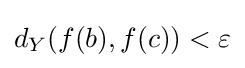
d_{Y}(f(b),f(c))<\varepsilon